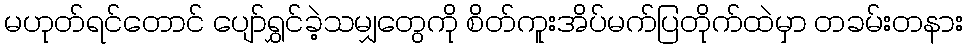
မဟုတ်ရင်တောင် ပျော်ရွှင်ခဲ့သမျှတွေကို စိတ်ကူးအိပ်မက်ပြတိုက်ထဲမှာ တခမ်းတနား